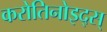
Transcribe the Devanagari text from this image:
करोतिनोइद्स्